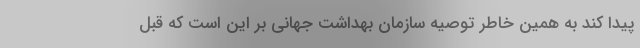
پیدا کند به همین خاطر توصیه سازمان بهداشت جهانی بر این است که قبل